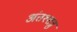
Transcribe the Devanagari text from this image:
अंतश्शत्रु